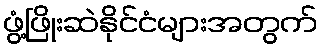
ဖွံ့ဖြိုးဆဲနိုင်ငံများအတွက်